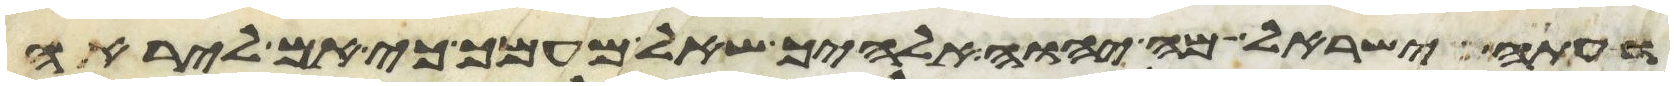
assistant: ועתה ישראל מה יהוה אלהיך שאל מעמך כי אם ליראה